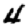
Digit: 4